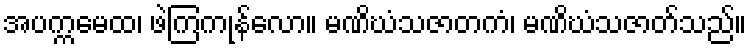
အပက္ကမေထ၊ ဖဲကြကုန်လော။ မဏိဃံသဇာတကံ၊ မဏိဃံသဇာတ်သည်။